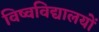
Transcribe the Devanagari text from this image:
विष्वविद्यालयों